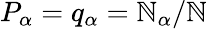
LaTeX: P_{\alpha}=q_{\alpha}=\mathbb{N}_{\alpha}/\mathbb{N}